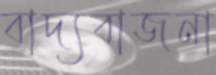
বাদ্যবাজনা